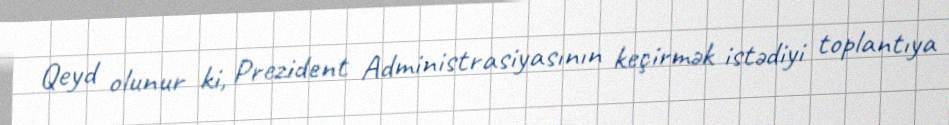
Qeyd olunur ki, Prezident Administrasiyasının keçirmək istədiyi toplantıya